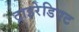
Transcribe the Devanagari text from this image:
ट्राइरेडिएट